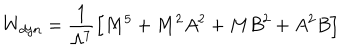
LaTeX: W _ { d y n } = \frac { 1 } { \Lambda ^ { 7 } } \Big [ M ^ { 5 } + M ^ { 2 } A ^ { 2 } + M B ^ { 2 } + A ^ { 2 } B \Big ]